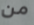
من